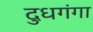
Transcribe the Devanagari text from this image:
दुधगंगा